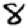
Digit: 8